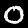
Digit: 0